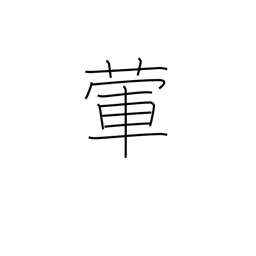
Meaning: garlic